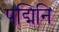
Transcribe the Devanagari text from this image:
पद्मिनि